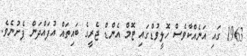
1963 ގައި އަނެއްކާވެސް ހޮލީވުޑްގައި ޓޮމް އެންޑް ޖެރީގެ ބައިތައް އުފައްދަން ފެށުނެވެ.